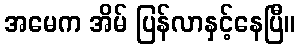
အမေက အိမ် ပြန်လာနှင့်နေပြီ။